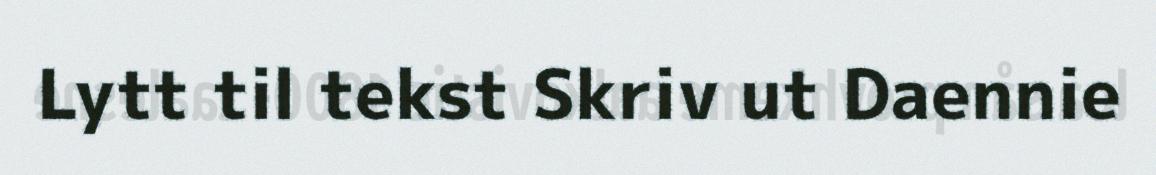
Lytt til tekst Skriv ut Daennie